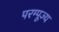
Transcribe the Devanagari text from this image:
परम्पूज्य